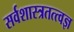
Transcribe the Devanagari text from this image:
सर्वशास्त्रतत्त्वज्ञ